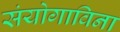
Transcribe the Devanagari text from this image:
संयोगाविना